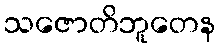
သဇောတိဘူတေန